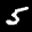
Label: 5